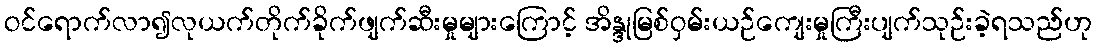
ဝင်ရောက်လာ၍လုယက်တိုက်ခိုက်ဖျက်ဆီးမှုများကြောင့် အိန္ဒုမြစ်ဝှမ်းယဉ်ကျေးမှုကြီးပျက်သုဉ်းခဲ့ရသည်ဟု